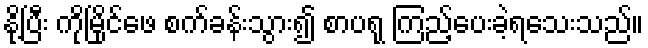
နို့ပြီး ကိုမြိုင်ဖေ စက်ခန်းသွား၍ စာပရု ကြည့်ပေးခဲ့ရသေးသည်။